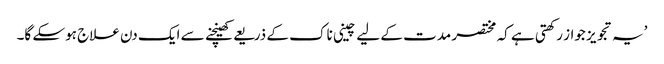
’یہ تجویز جواز رکھتی ہے کہ مختصر مدت کے لیے چینی ناک کے ذریعے کھینچنے سے ایک دن علاج ہوسکے گا۔